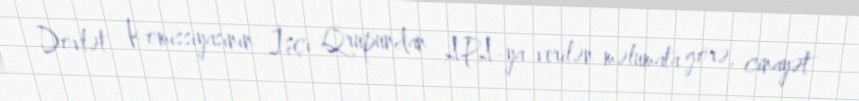
Dövlət Komissiyasının İşçi Qrupundan APA-ya verilən məlumata görə, cinayət